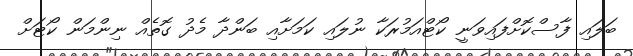
ބަލައި ފާސްކޮށްފައިވަނީ ކޯޓްއަމުރަކާ ނުލައި ކަމަށާއި ބަންދާ މެދު ގޮތެއް ނިންމަން ކޯޓަށް